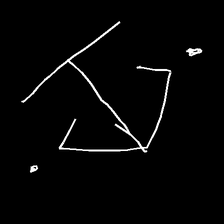
Glyph: earth